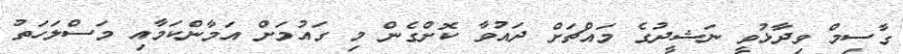
ގާސިމް ވިދާޅުވީ ނަޝީދުގެ މައްޗަށް ދައުވާ ކޮށްގެން މި ގައުމަށް އަމާންކަމާއި މަސްލަހަތު